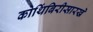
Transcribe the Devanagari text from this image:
कोथिंबिरीसारखे